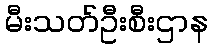
မီးသတ်ဦးစီးဌာန